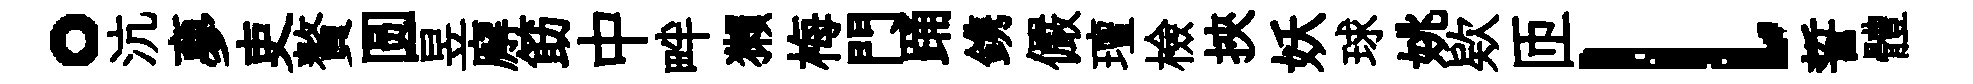
。沆夣吏贅圆昱廨筯中畔獺梅門踊鎸儼璮檢挾妖球姚欵匝l誓體